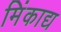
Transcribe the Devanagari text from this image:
मिंकाद्य